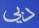
دبي